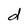
Character: d